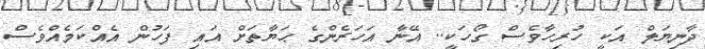
ދާނިޔަލް އަކީ ހުރިހާވެސް ގޯހަކީ.. އޭނާ އަހަރެންގެ ޙަޔާތަށް އައި ފަހުން އެއްކަމެއްވެސް